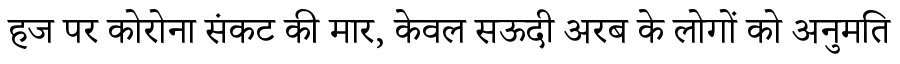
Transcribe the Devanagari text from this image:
हज पर कोरोना संकट की मार, केवल सऊदी अरब के लोगों को अनुमति